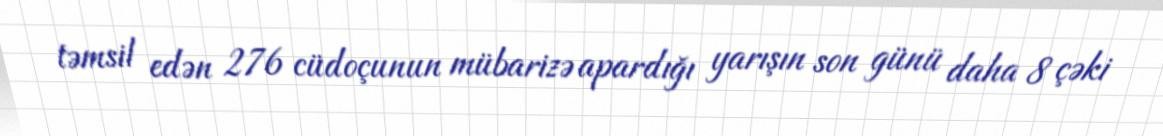
təmsil edən 276 cüdoçunun mübarizə apardığı yarışın son günü daha 8 çəki